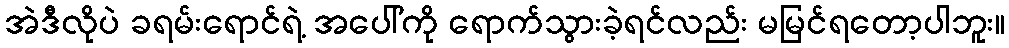
အဲဒီလိုပဲ ခရမ်းရောင်ရဲ့ အပေါ်ကို ရောက်သွားခဲ့ရင်လည်း မမြင်ရတော့ပါဘူး။